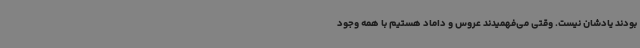
بودند یادشان نیست. وقتی می‌فهمیدند عروس و داماد هستیم با همه وجود